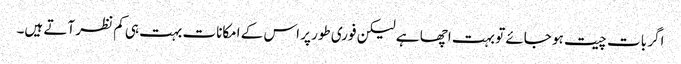
اگر بات چیت ہو جائے تو بہت اچھا ہے لیکن فوری طور پر اس کے امکانات بہت ہی کم نظر آتے ہیں۔